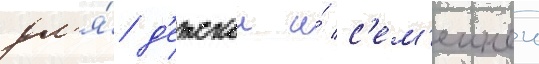
дл'я́ д'етскои и́ с'ем'еинои